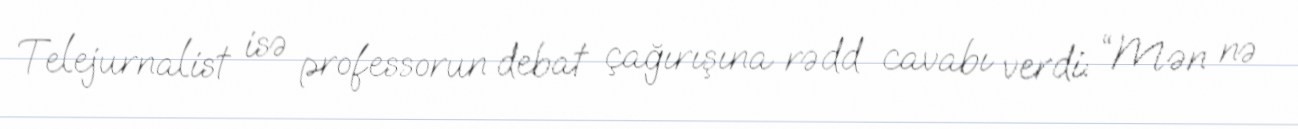
Telejurnalist isə professorun debat çağırışına rədd cavabı verdi: “Mən nə